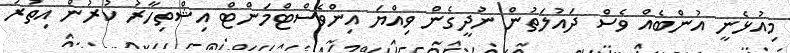
މިއުޅެނީ އުންބެއް ވެސް ދައުލަތުން ނުދީގެން ވިއްޔަ އިންވެސްޓްމަންޓް އިޝްތިހާރު ކުރުން އިތުރު